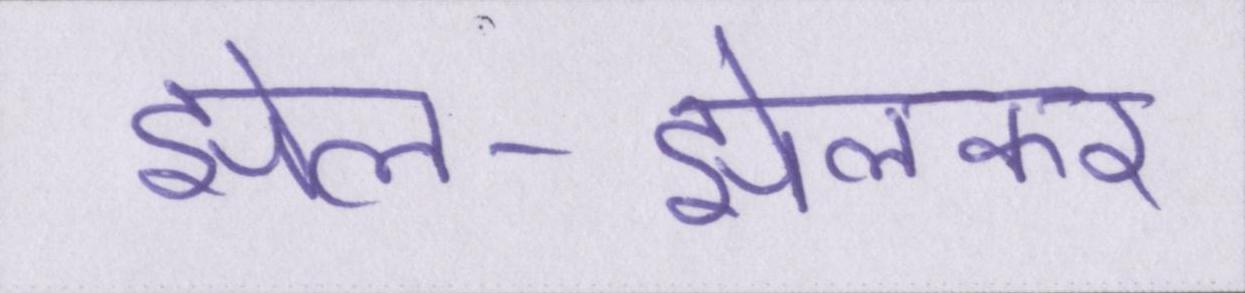
झेल-झेलकर